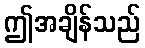
ဤအချိန်သည်